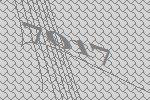
7017